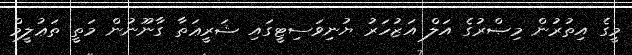
މީގެ އިތުރުން މިޞްރުގެ އަލް އަޒުހަރު ޔުނިވަސިޓީގައި ޝަރީޢަތާ ގާނޫނުން މަތީ ތަޢުލީމް